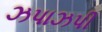
ઝપાઝપી